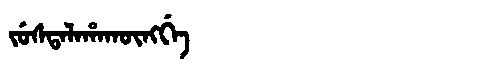
Manchu: ᠵᡠᠰᡨᠠᠯᠠᡥᠠᡴᡡᠩᡤᡝ
Romanization: JUSTALAHAKŪNGGE